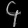
Digit: ၄